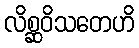
လိစ္ဆဝိသတေဟိ